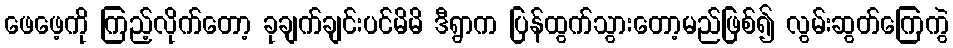
ဖေဖေ့ကို ကြည့်လိုက်တော့ ခုချက်ချင်းပင်မိမိ ဒီရွာက ပြန်ထွက်သွားတော့မည်ဖြစ်၍ လွမ်းဆွတ်ကြေကွဲ